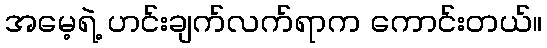
အမေ့ရဲ့ ဟင်းချက်လက်ရာက ကောင်းတယ်။